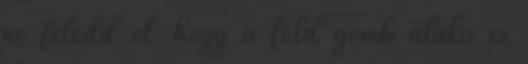
ne feledd el, hogy a föld gömb alakú és